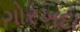
ગોરખદા